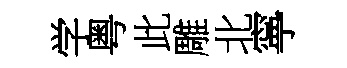
学粤此雕北寧